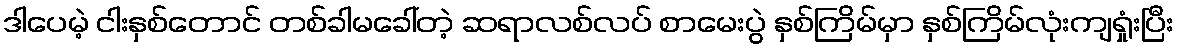
ဒါပေမဲ့ ငါးနှစ်တောင် တစ်ခါမခေါ်တဲ့ ဆရာလစ်လပ် စာမေးပွဲ နှစ်ကြိမ်မှာ နှစ်ကြိမ်လုံးကျရှုံးပြီး